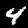
Digit: 4